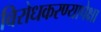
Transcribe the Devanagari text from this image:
विरोधकरण्यापेक्षा